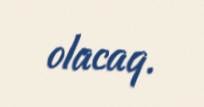
olacaq.